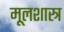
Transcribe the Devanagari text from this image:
मूलशास्त्र